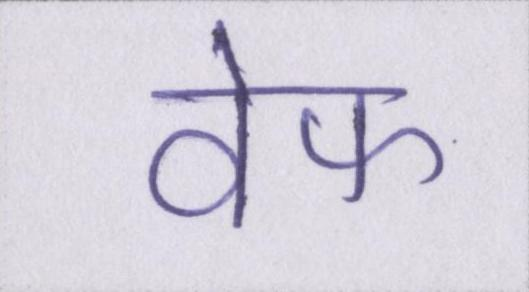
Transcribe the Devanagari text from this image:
वेफ